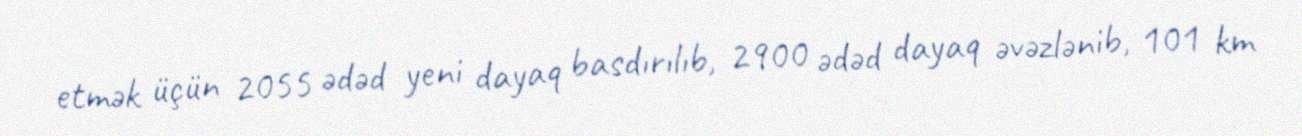
etmək üçün 2055 ədəd yeni dayaq basdırılıb, 2900 ədəd dayaq əvəzlənib, 101 km